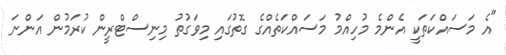
"އެ މަސައްކަތަކީ އެންމެ މުހިއްމު މަސައްކަތެއްގެ ގޮތުގައި މިވަގުތު މިނިސްޓްރީން ކުރަމުން އަންނަ